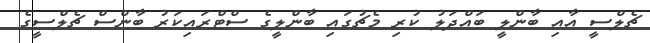
ޗެލްސީ އާއި ބާންލީ ބައްދަލު ކުރި މެޗުގައި ބާންލީގެ ސްޓްރައިކަރު ބާންސް ޗެލްސީގެ